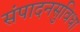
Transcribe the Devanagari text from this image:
संपादनसुविधा